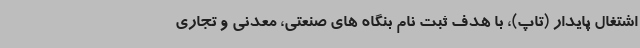
اشتغال پایدار (تاپ)، با هدف ثبت نام بنگاه های صنعتی، معدنی و تجاری